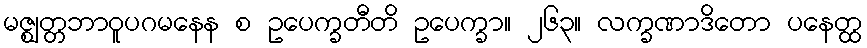
မဇ္ဈတ္တဘာဝူပဂမနေန စ ဥပေက္ခတီတိ ဥပေက္ခာ။ ၂၆၃။ လက္ခဏာဒိတော ပနေတ္ထ